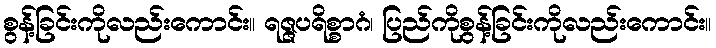
စွန့်ခြင်းကိုလည်းကောင်း။ ရဇ္ဇပရိစ္စာဂံ၊ ပြည်ကိုစွန့်ခြင်းကိုလည်းကောင်း။